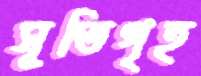
সূতিগৃহ